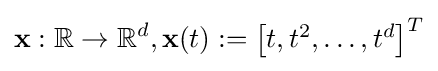
\mathbf {x} :\mathbb {R} \rightarrow \mathbb {R} ^{d},\mathbf {x} (t):={\begin{bmatrix}t,t^{2},\ldots ,t^{d}\end{bmatrix}}^{T}